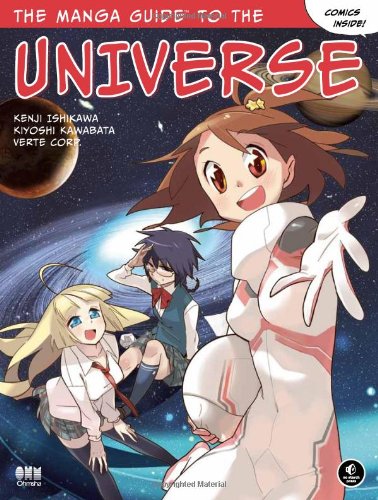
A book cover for The Manga Guide to the Universe; Kenji Ishikawa; Comics & Graphic Novels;